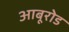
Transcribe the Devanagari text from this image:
आबूरोड